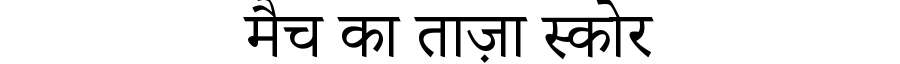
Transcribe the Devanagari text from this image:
मैच का ताज़ा स्कोर